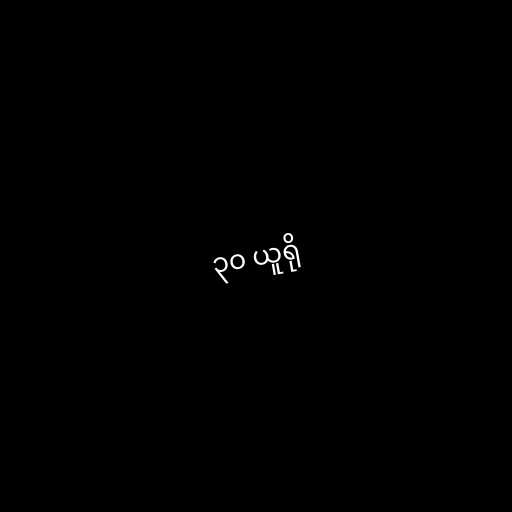
၃၀ ယူရို